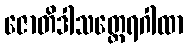
ဇောတိဒါသတ္ထေရဂါထာ